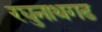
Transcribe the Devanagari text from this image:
रघुनाथगढ